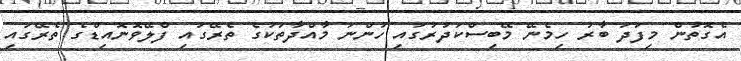
އެގޮތުން މިފަދަ ބާރު ހިމެނޭ މޭބިސްކަދުރުގައި ހުންނަ މާއްދާތަކުގެ ތެރޭގައި ފްލޭވޮނޮއިޑްގެ ތެރޭގައި